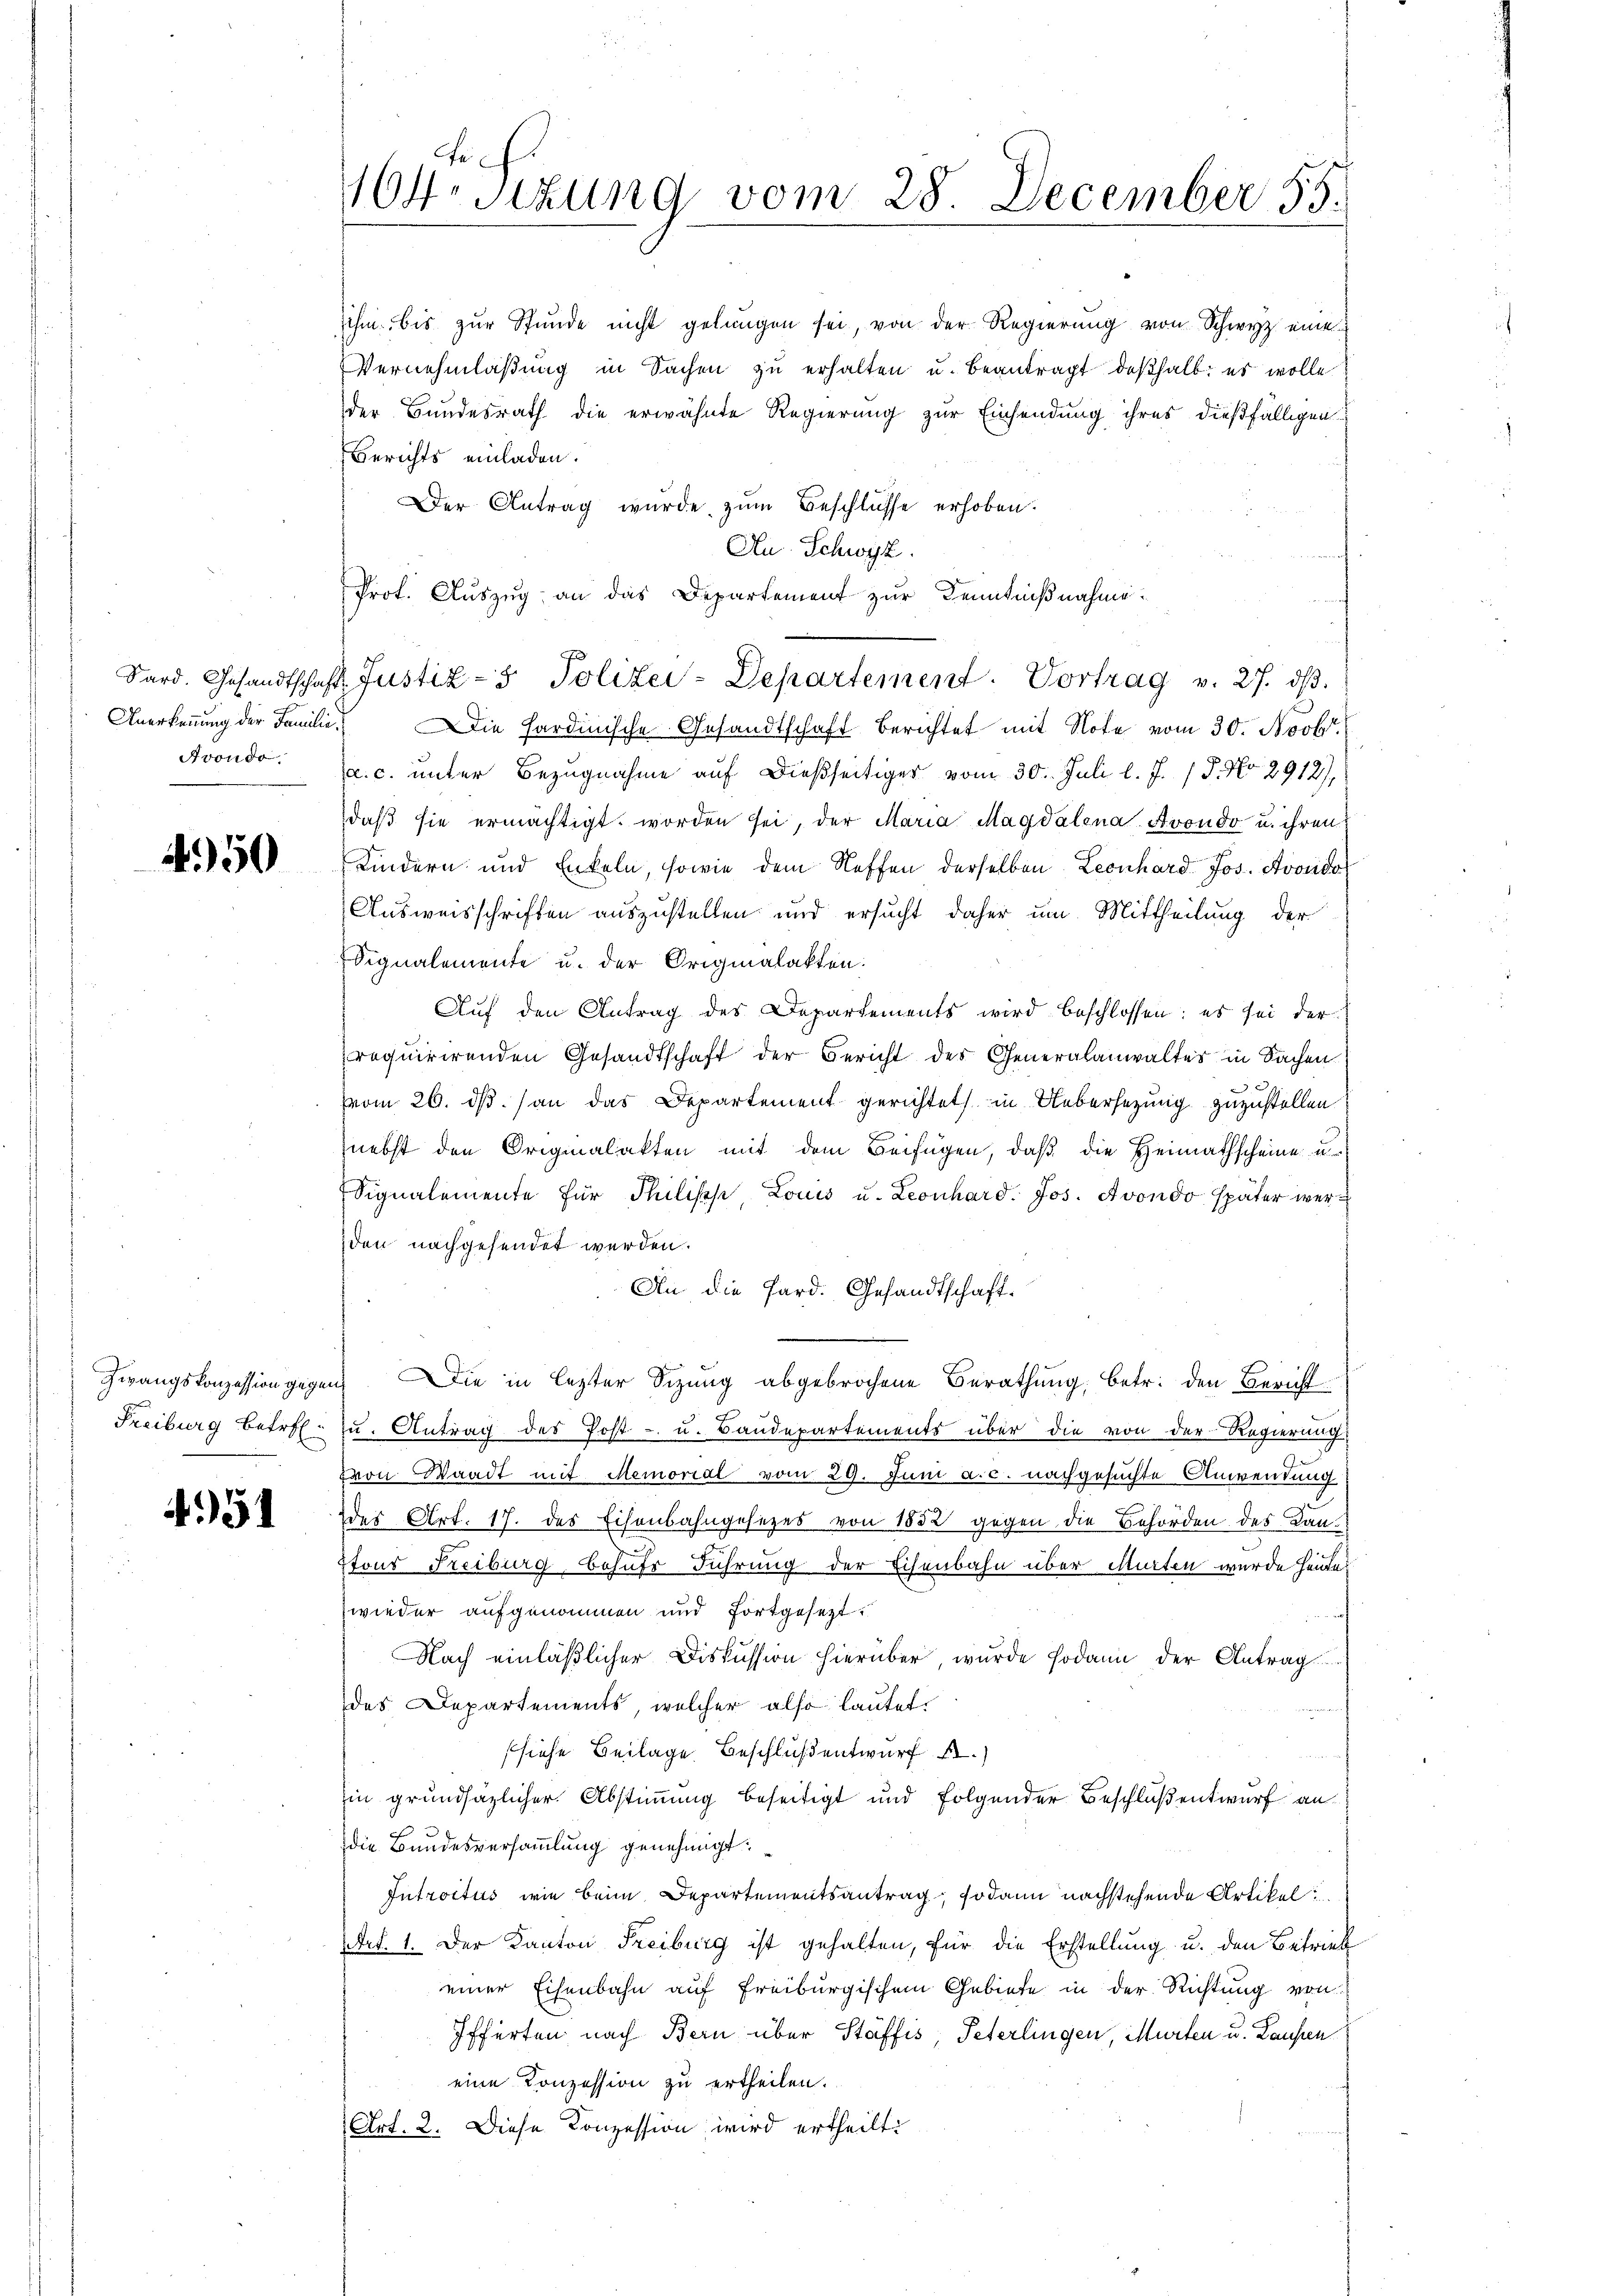
Avondo.

4950

Zwangskonzession gegen
Freiburg betr.

451

164. Sizung vom

ihm, bis zŭr Stunde nicht gelungen sei, von der Regierŭng von Schwyz eine
Vernehmlaßung in Sachen zu erhalten u. beantragt deßhalb es wolle
der Bundesrath die erwähnte Regierung zur Einsendung ihres dießfälligen
Berichts einladen.
Der Antrag wurde zum Beschlüsse erhoben.
Au. Schwyz.
Prot. Auszug an das Departement zur Kenntnißnahme.
Anerkennung der Familie. Die Fardinische Gesandtschaft berichtet mit Note vom 30. Novbr.
a. c. unter Bezugnahme auf dießseitiger vom 30. Juli l. J. P. No 2912),
daß sie ermächtigt worden sei, der Maria Magdalena Avondo u. ihren
Kindern und Enkeln, sowie dem Neffen derselben Leonhard Jos. Avondo
Ausweisschriften auszustellen und ersucht daher um Mittheilung der
Signalemente u. der Originalakten.
Auf den Antrag des Departements wird beschlossen: es sei der
requirirenden Gesandtschaft der Bericht des Generalanwalter in Sachen
vom 26. ds. an das Departement gerichtet in Uebersezung zuzustellen.
nebst den Originalakten mit dem Beifügen, daß die Heimathscheine u.
Signalemente für Philische, Louis u. Leonhard. Jos. Avondo später werden nachgesendet werden.
An die Pard. Gesandtschaft.
 Die in lezter Sizung abgebrochene Berathung, betr. den Bericht
u. Antrag des Post- u. Baudepartements über die von der Regierung
von Waadt mit Memorial vom 29. Juni a.c. nachgesuchte Anwendung
des Art. 17. des Eisenbahngesezes von 1852 gegen die Behörden des Kan-
Etous Freiburg behufs Führung der Eisenbahn über Marten wurde heute.
wieder aufgenommen und fortgesezt.
Nach einläßlicher Diskussion hierüber, wurde sodann der Antrag
des Departements, welcher also lautet.
siehe Beilage Beschluß entwurf
in grundsäzlicher Abstimmung beseitigt und folgender Beschluß entwurf an
.
die Bundesversammlung genehmigt.
Introitus wie beim Departementsantrag, sodann nachstehende Artikel
Art. 1. Der Kanton Freiburg ist gehalten, für die Erstellung u. den Betrieb
einer Eisenbahn auf Freiburgischem Gebiete in der Richtung von
Ifferten nach Bern über Stäffis, Peterlingen, Murten u. Laufen
eine Konzession zu ertheilen.
Art. 2. Diese Konzession wird ertheilt:

Sard. Gesandtschaft Justiz- & Polizei-Departement. Vortrag v. 27. dβ.

28. December 55.